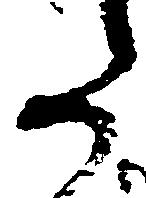
た